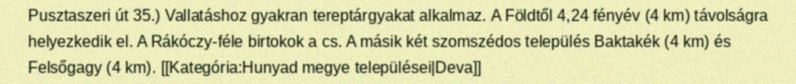
Pusztaszeri út 35.) Vallatáshoz gyakran tereptárgyakat alkalmaz. A Földtől 4,24 fényév (4 km) távolságra helyezkedik el. A Rákóczy-féle birtokok a cs. A másik két szomszédos település Baktakék (4 km) és Felsőgagy (4 km). [[Kategória:Hunyad megye települései|Deva]]